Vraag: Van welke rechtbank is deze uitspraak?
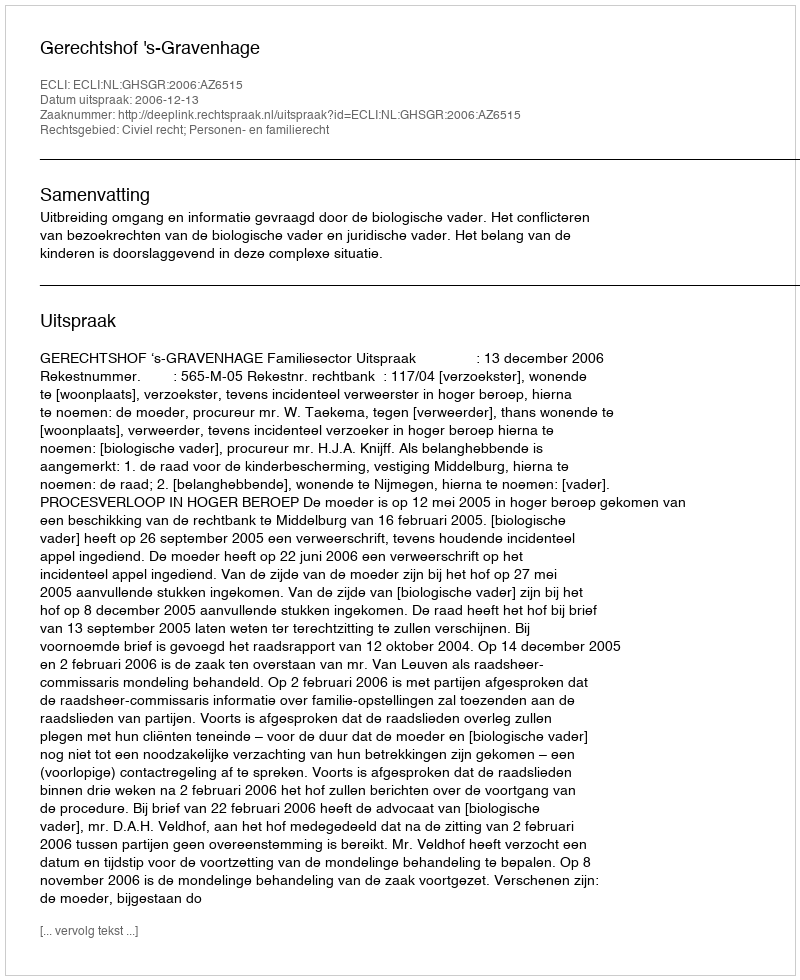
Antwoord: Gerechtshof 's-Gravenhage